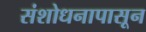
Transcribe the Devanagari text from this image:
संशोधनापासून